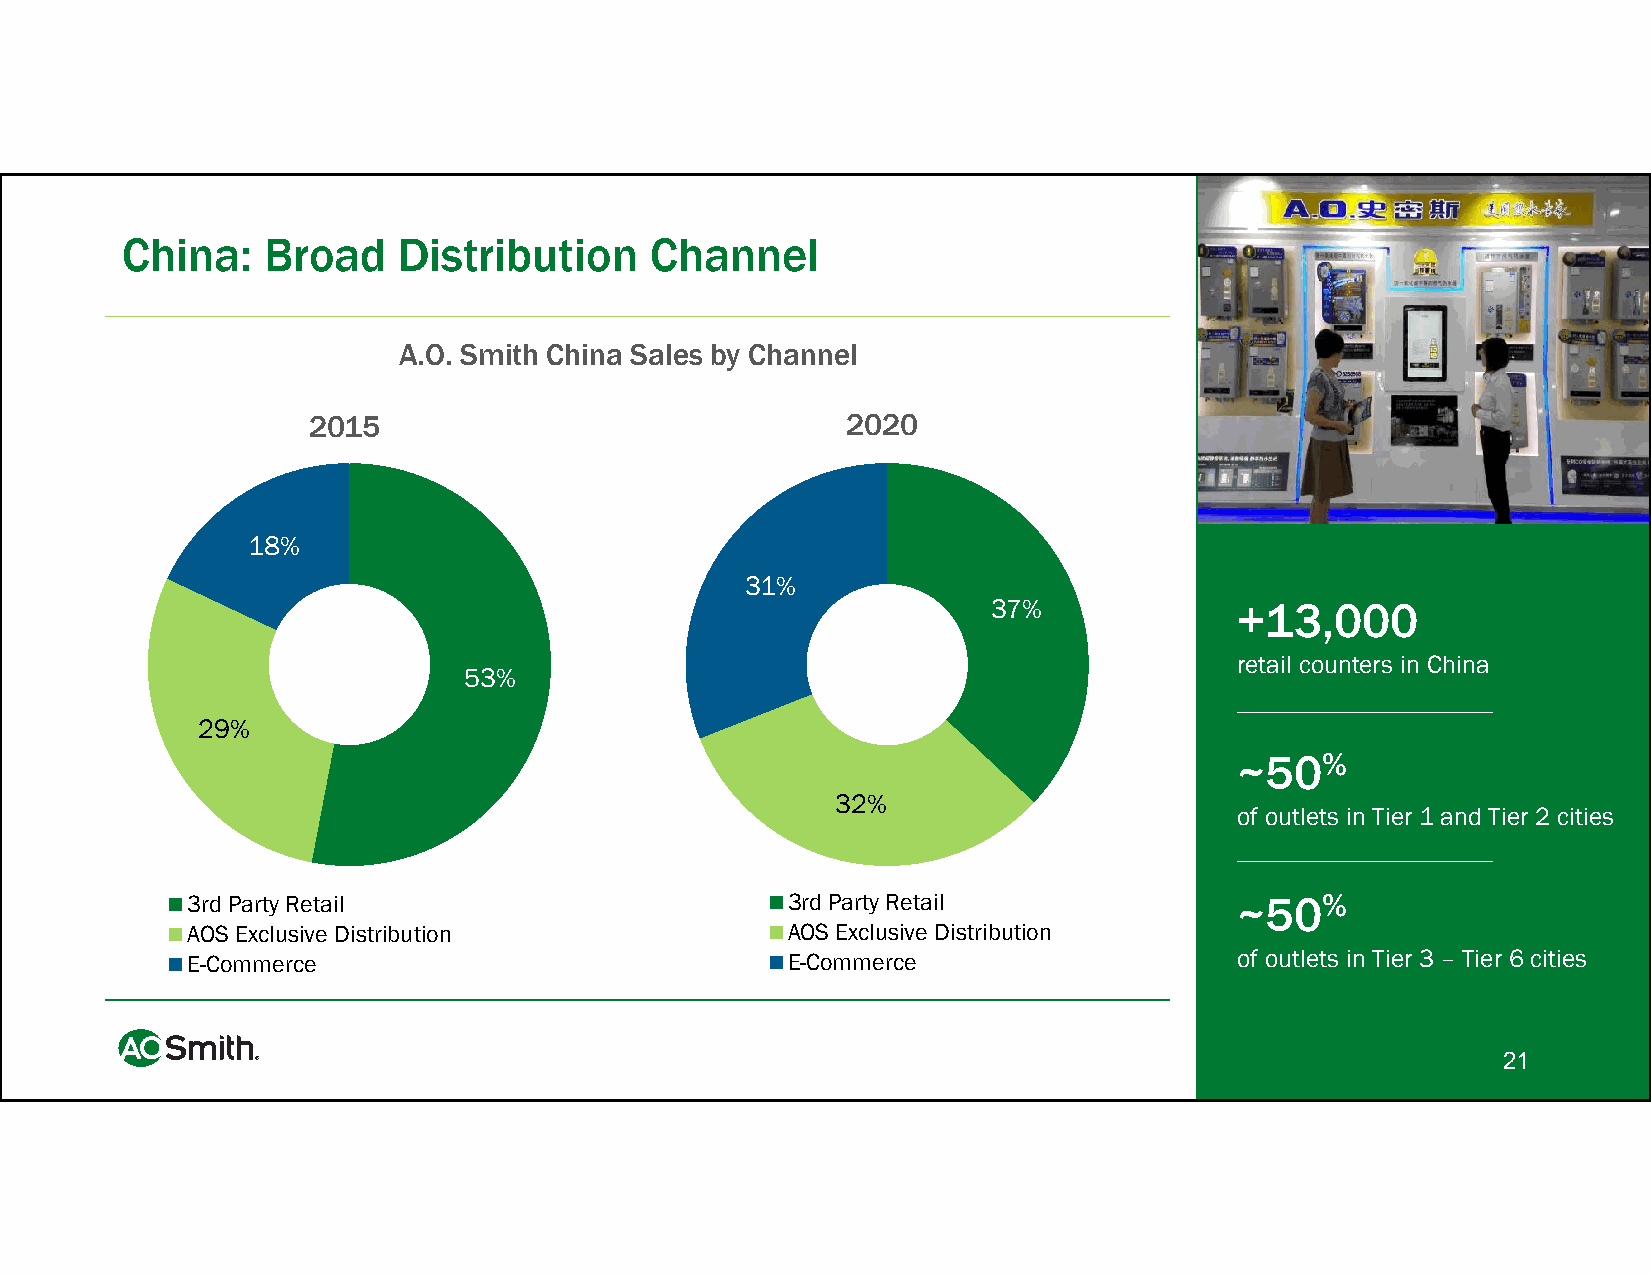
China:   Broad    Distribution     Channel
 A.O. Smith China Sales by Channel
 2015                                2020
 18%
 31%
 37%             +13,000
 retail counters in China
 53%
 29%
 ~50%
 32%
 of outlets in Tier 1 and Tier 2 cities
 3rd Party Retail                        3rd Party Retail              ~50%
 AOS Exclusive Distribution              AOS Exclusive Distribution
 E-Commerce                              E-Commerce                    of outlets in Tier 3 – Tier 6 cities
 21